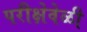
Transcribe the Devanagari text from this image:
परीक्षेवेळी